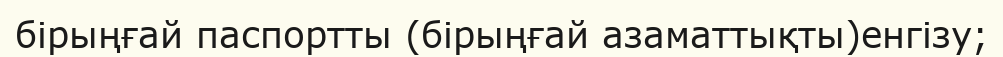
бірыңғай паспортты (бірыңғай азаматтықты)енгізу;